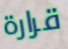
قرارة